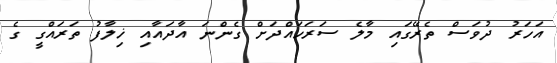
އަހަރު ދުވަސް ތެރޭގައި މާލެ ސަރަަހައްދަށް ގެންނަ އާދައާއި ޚިލާފު ތަރައްގީ ގެ